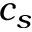
c _ { s }